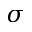
\sigma